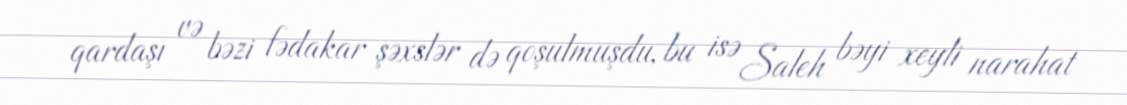
qardaşı və bəzi fədakar şəxslər də qoşulmuşdu, bu isə Saleh bəyi xeyli narahat